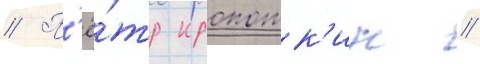
// П'ё́тр кропотк'ин //